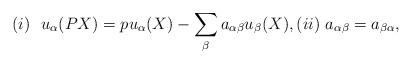
LaTeX: \begin{align*} (i) \ \ u_{\alpha}(PX)=pu_{\alpha}(X)-\sum_{\beta}a_{\alpha\beta}u_{\beta}(X), (ii)\ a_{\alpha\beta}=a_{\beta \alpha}, \end{align*}